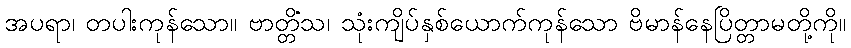
အပရာ၊ တပါးကုန်သော။ ဗာတ္တိံသ၊ သုံးကျိပ်နှစ်ယောက်ကုန်သော ဗိမာန်နေပြိတ္တာမတို့ကို။